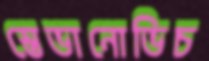
স্তেভানোভিচ